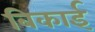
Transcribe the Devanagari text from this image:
बिकाई